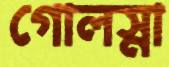
গোলস্না